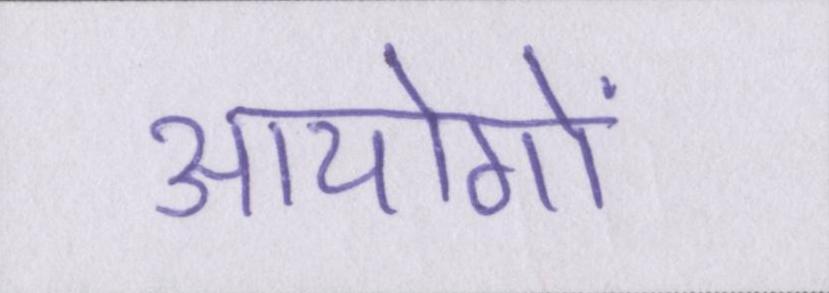
आयोगों